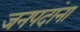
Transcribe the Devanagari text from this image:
जनपदांना